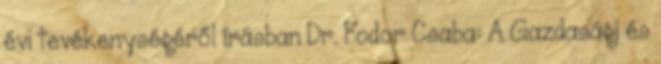
évi tevékenységéről írásban Dr. Fodor Csaba: A Gazdasági és